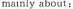
mainly about: